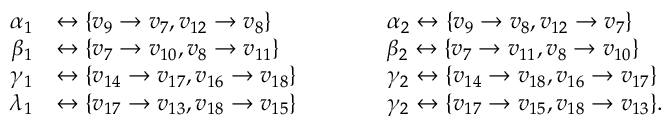
\begin{array} { r l r l } { \alpha _ { 1 } } & { \leftrightarrow \{ v _ { 9 } \to v _ { 7 } , v _ { 1 2 } \to v _ { 8 } \} \qquad } & & { \alpha _ { 2 } \leftrightarrow \{ v _ { 9 } \to v _ { 8 } , v _ { 1 2 } \to v _ { 7 } \} } \\ { \beta _ { 1 } } & { \leftrightarrow \{ v _ { 7 } \to v _ { 1 0 } , v _ { 8 } \to v _ { 1 1 } \} \qquad } & & { \beta _ { 2 } \leftrightarrow \{ v _ { 7 } \to v _ { 1 1 } , v _ { 8 } \to v _ { 1 0 } \} } \\ { \gamma _ { 1 } } & { \leftrightarrow \{ v _ { 1 4 } \to v _ { 1 7 } , v _ { 1 6 } \to v _ { 1 8 } \} \qquad } & & { \gamma _ { 2 } \leftrightarrow \{ v _ { 1 4 } \to v _ { 1 8 } , v _ { 1 6 } \to v _ { 1 7 } \} } \\ { \lambda _ { 1 } } & { \leftrightarrow \{ v _ { 1 7 } \to v _ { 1 3 } , v _ { 1 8 } \to v _ { 1 5 } \} \qquad } & & { \gamma _ { 2 } \leftrightarrow \{ v _ { 1 7 } \to v _ { 1 5 } , v _ { 1 8 } \to v _ { 1 3 } \} . } \end{array}